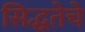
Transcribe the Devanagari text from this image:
सिद्धतेचे